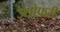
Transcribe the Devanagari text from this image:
ज्योफ़री